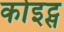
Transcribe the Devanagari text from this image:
कोइट्स